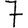
Digit: 7